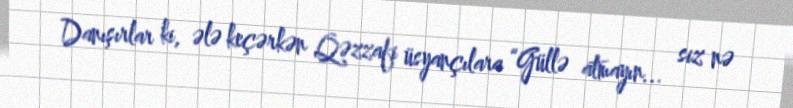
Danışırlar ki, ələ keçərkən Qəzzafi üsyançılara “Güllə atmayın... siz nə